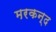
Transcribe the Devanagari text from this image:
मरकन्द